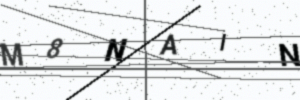
Text: M8NAIN